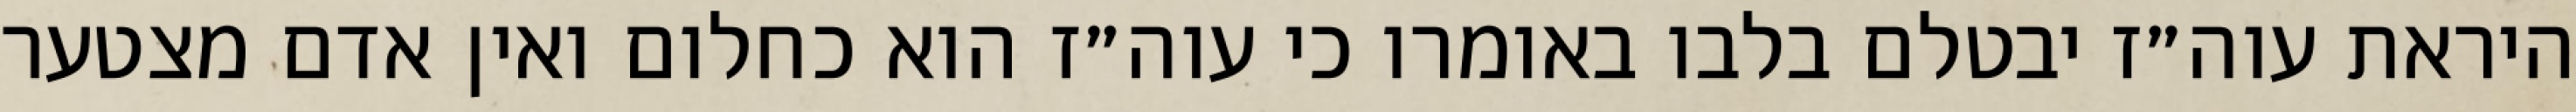
היראת עוה״ז יבטלם בלבו באומרו כי עוה״ז הוא כחלום ואין אדם מצטער